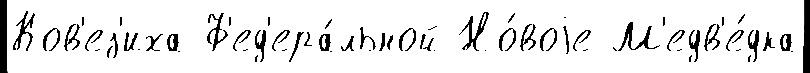
Ков'ез'иха Ф'ед'ера́льной Но́воjе М'едв'е́дка